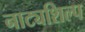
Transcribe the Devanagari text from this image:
नाट्यशिल्प